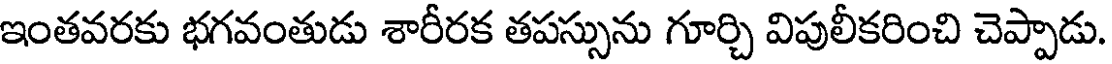
ఇంతవరకు భగవంతుడు శారీరక తపస్సును గూర్చి విపులీకరించి చెప్పాడు.